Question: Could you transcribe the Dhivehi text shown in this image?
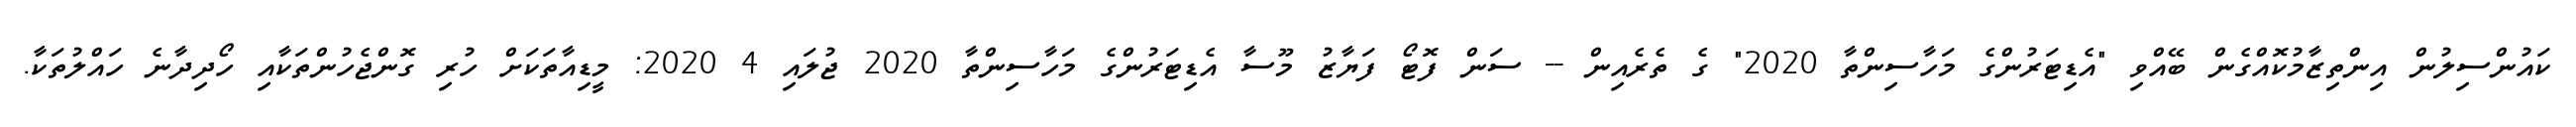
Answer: ކައުންސިލުން އިންތިޒާމުކޮއްގެން ބޭއްވި "އެޑިޓަރުންގެ މަހާސިންތާ 2020" ގެ ތެރެއިން -- ސަން ފޮޓޯ ފަޔާޒު މޫސާ އެޑިޓަރުންގެ މަހާސިންތާ 2020 ޖުލައި 4 2020: މީޑިއާތަކަށް ހުރި ގޮންޖެހުންތަކާއި ހޯދިދާނެ ހައްލުތަކާ.